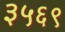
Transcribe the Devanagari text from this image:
३५६९